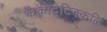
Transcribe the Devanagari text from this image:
कैकोट्टिक्कळि